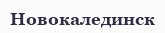
Новокалединск